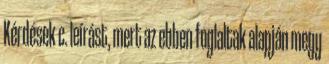
Kérdések c. leírást, mert az ebben foglaltak alapján megy